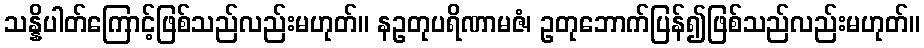
သန္နိပါတ်ကြောင့်ဖြစ်သည်လည်းမဟုတ်။ နဥတုပရိဏာမဇံ၊ ဥတုဘောက်ပြန်၍ဖြစ်သည်လည်းမဟုတ်။